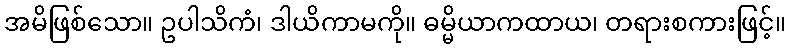
အမိဖြစ်သော။ ဥပါသိကံ၊ ဒါယိကာမကို။ ဓမ္မိယာကထာယ၊ တရားစကားဖြင့်။